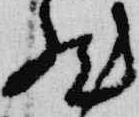
然